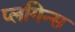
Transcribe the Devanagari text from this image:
प्लगिन्स